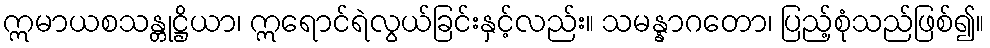
ဣမာယစသန္တုဋ္ဌိယာ၊ ဣရောင်ရဲလွယ်ခြင်းနှင့်လည်း။ သမန္နာဂတော၊ ပြည့်စုံသည်ဖြစ်၍။